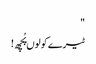
"
ٹیرے کولوں پُچھ!